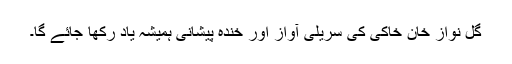
گل نواز خان خاکی کی سریلی آواز اور خندہ پیشانی ہمیشہ یاد رکھا جائے گا۔